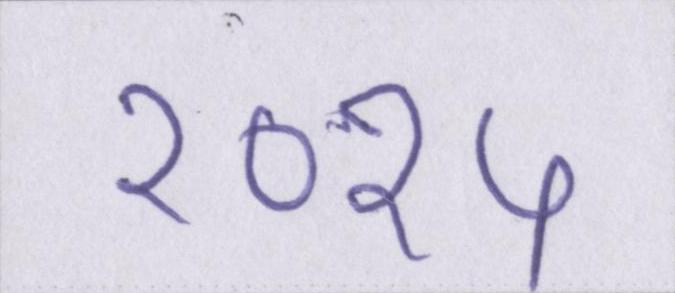
२०१५